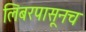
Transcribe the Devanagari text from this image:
लिबरपासूनच